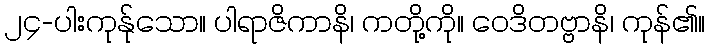
၂၄-ပါးကုန်ုသော။ ပါရာဇိကာနိ၊ ကတို့ကို။ ဝေဒိတဗ္ဗာနိ၊ ကုန်၏။